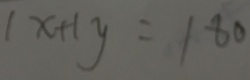
1 x + 1 y = 1 8 0